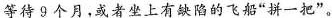
等待9个月，或者坐上有缺陷的飞船”拼一把”。